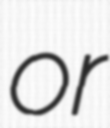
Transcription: or